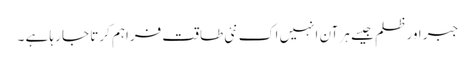
جبر اور ظلم جیسے ہر آن انہیں اک نئی طاقت فراہم کرتا جا رہا ہے ۔